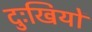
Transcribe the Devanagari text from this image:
दुःखियों